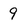
Character: 9